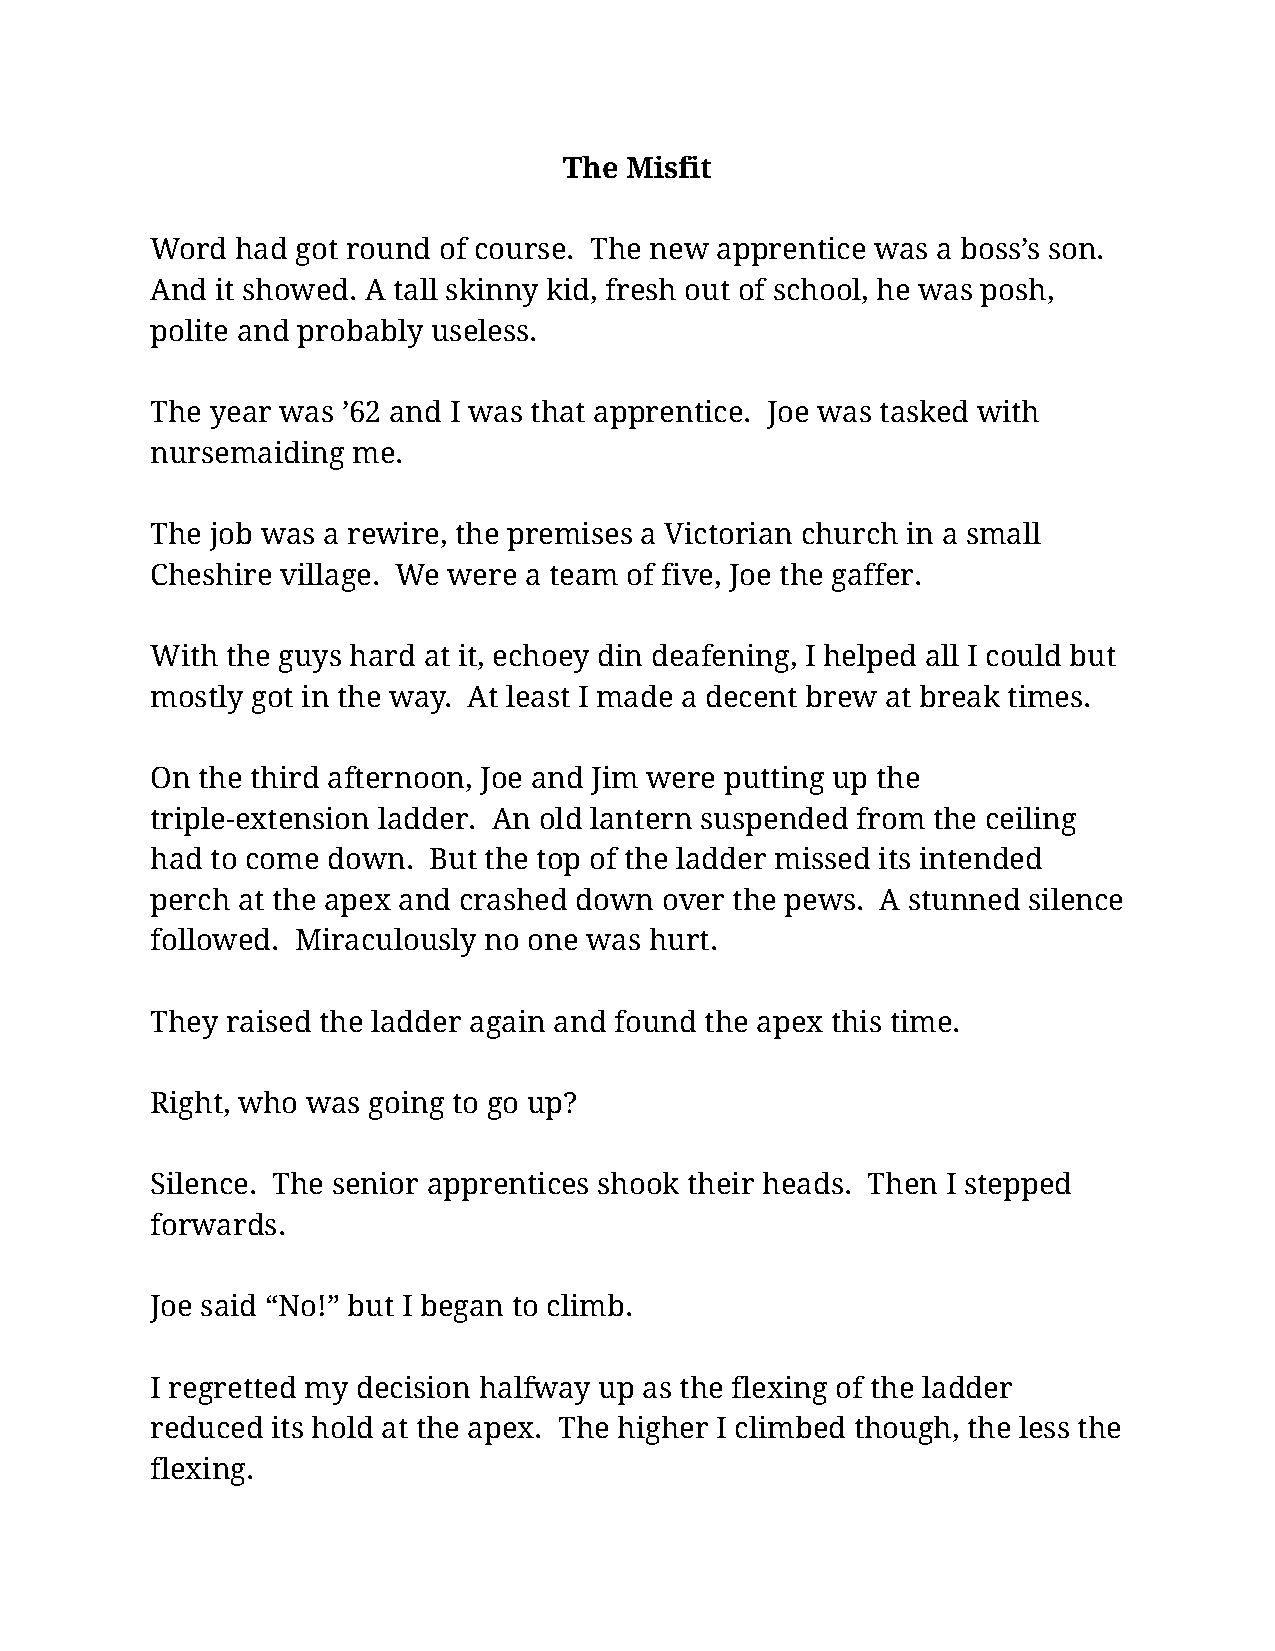
The Misfit
 Word  had got round of course. The new apprentice was a boss’s son.
 And it showed. A tall skinny kid, fresh out of school, he was posh,
 polite and probably useless.
 The year was ’62 and I was that apprentice. Joe was tasked with
 nursemaiding me.
 The job was a rewire, the premises a Victorian church in a small
 Cheshire village. We were a team of five, Joe the gaffer.
 With the guys hard at it, echoey din deafening, I helped all I could but
 mostly got in the way. At least I made a decent brew at break times.
 On the third afternoon, Joe and Jim were putting up the
 triple-extension ladder. An old lantern suspended from the ceiling
 had to come down. But the top of the ladder missed its intended
 perch at the apex and crashed down over the pews. A stunned silence
 followed. Miraculously no one was hurt.
 They raised the ladder again and found the apex this time.
 Right, who was going to go up?
 Silence. The senior apprentices shook their heads. Then I stepped
 forwards.
 Joe said “No!” but I began to climb.
 I regretted my decision halfway up as the flexing of the ladder
 reduced its hold at the apex. The higher I climbed though, the less the
 flexing.